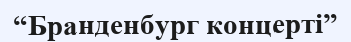
“Бранденбург концерті”